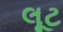
લૂટ